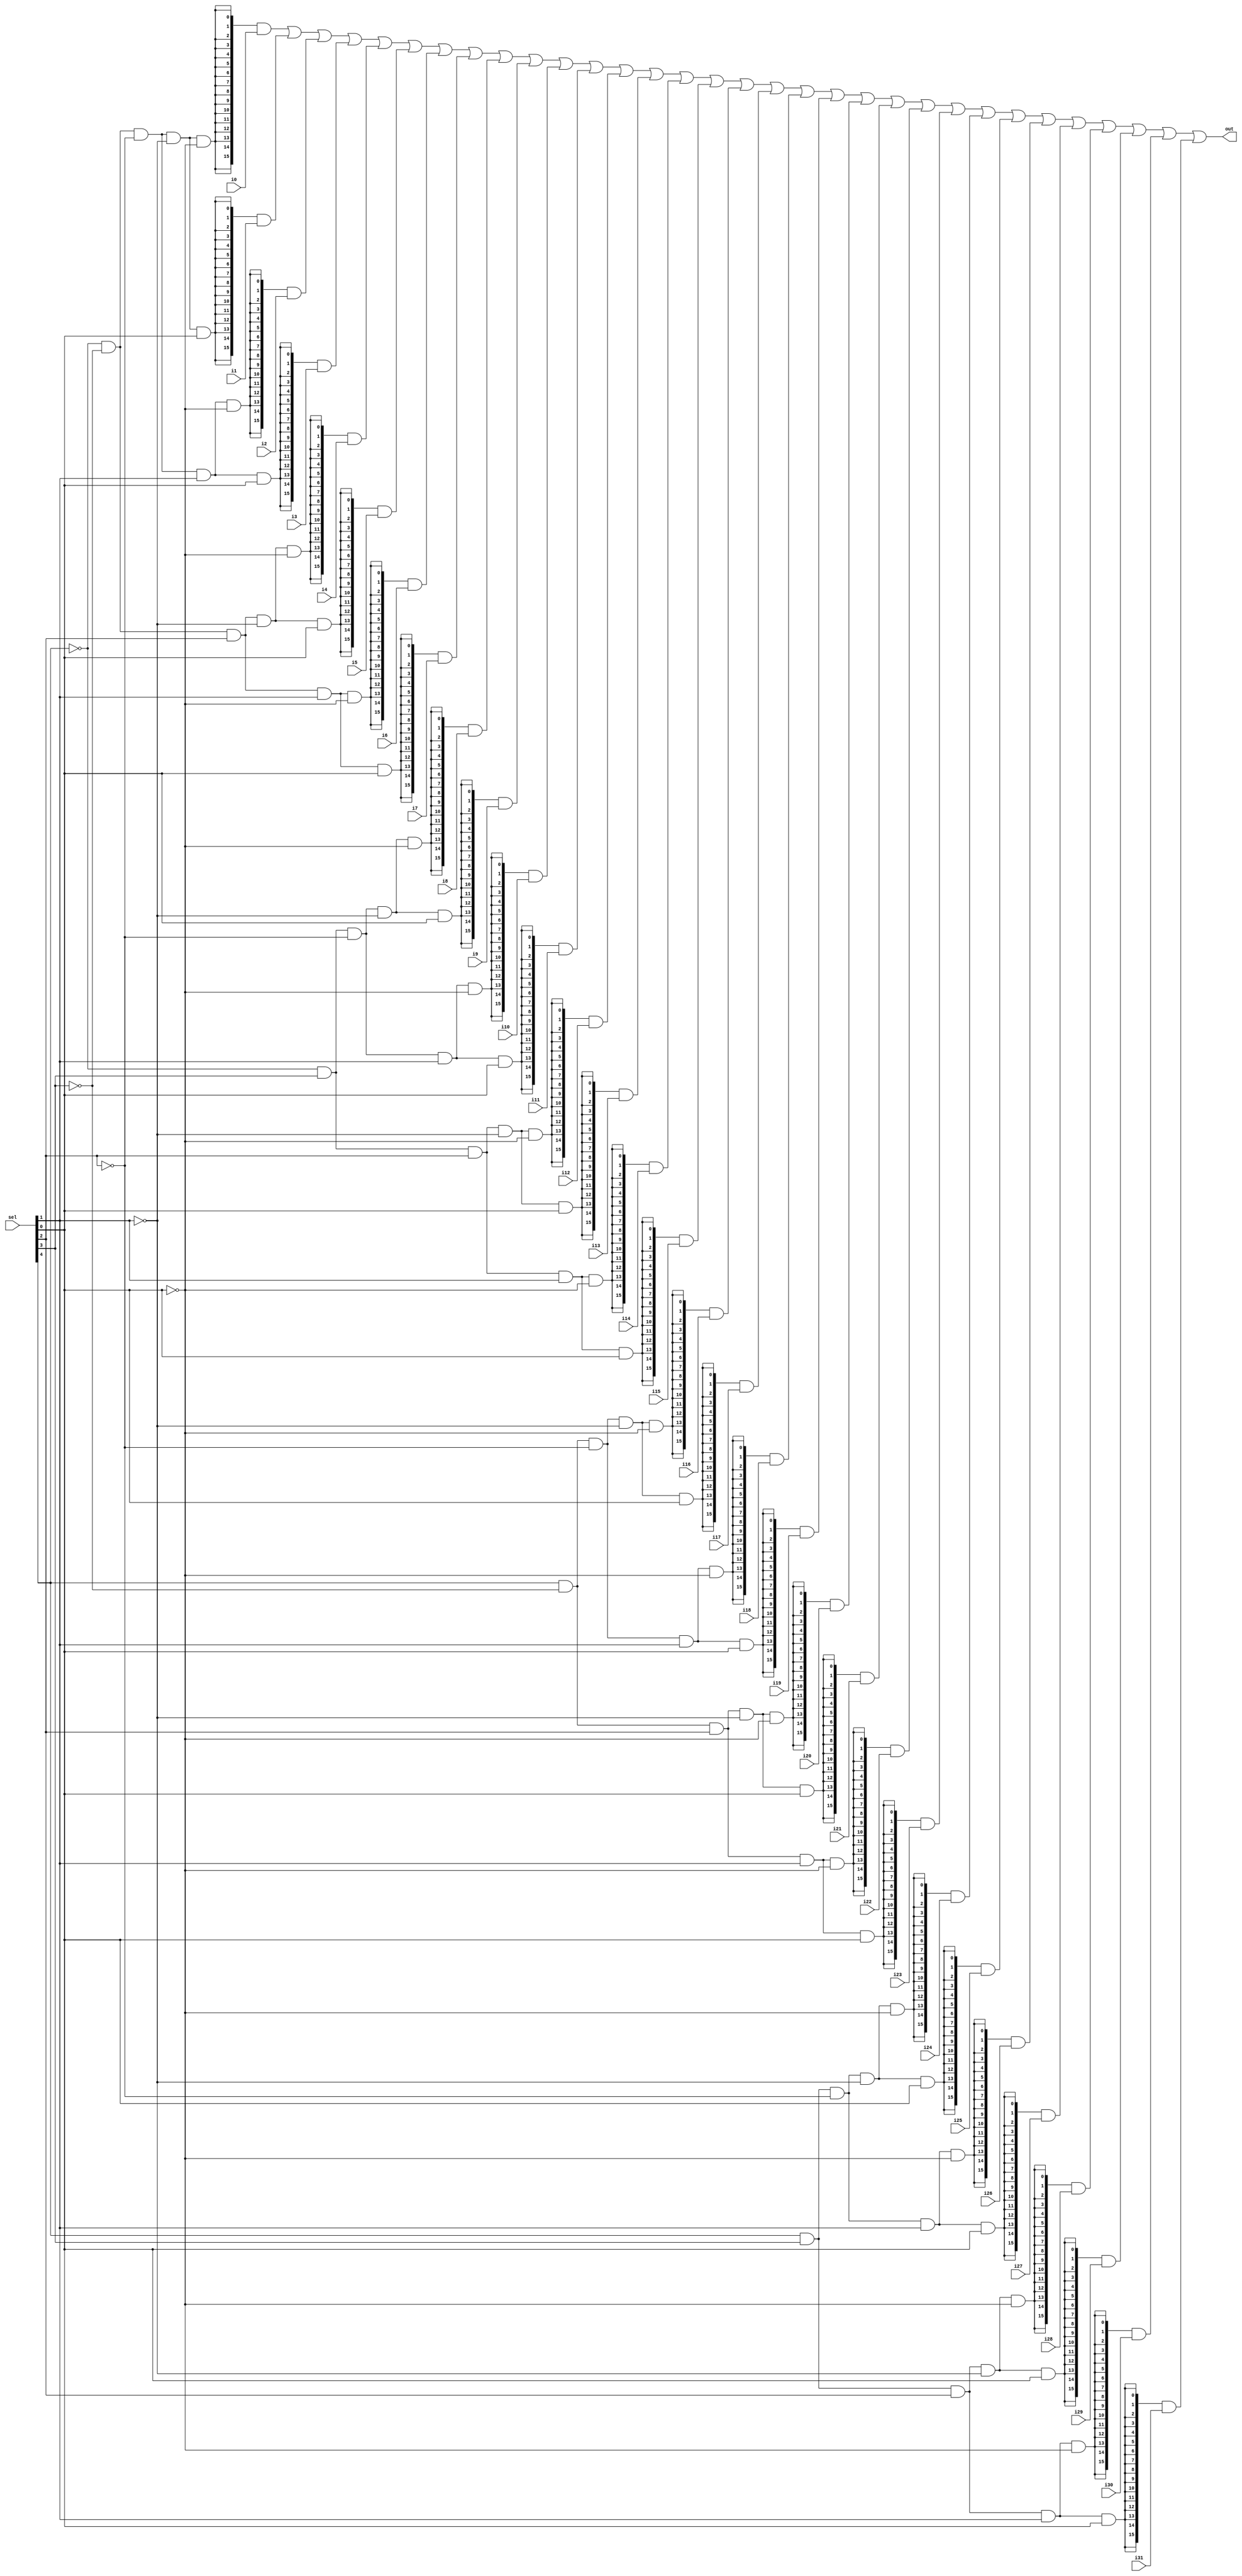
module mux_32x1(i0, i1, i2, i3, i4, i5, i6, i7, i8, i9, i10, i11, i12, i13, i14, i15, i16, i17, i18, i19, i20, i21, i22, i23, i24, i25, i26, i27, i28, i29, i30, i31, sel, out);

	input [15:0] i0, i1, i2, i3, i4, i5, i6, i7, i8, i9, i10, i11, i12, i13, i14, i15, i16, i17, i18, i19, i20, i21, i22, i23, i24, i25, i26, i27, i28, i29, i30, i31;
	input [4:0] sel;

	output [15:0] out;

	assign out={16{!sel[4]&!sel[3]&!sel[2]&!sel[1]&!sel[0]}}&i0 |
					{16{!sel[4]&!sel[3]&!sel[2]&!sel[1]&sel[0]}}&i1 |
					{16{!sel[4]&!sel[3]&!sel[2]&sel[1]&!sel[0]}}&i2 |  
					{16{!sel[4]&!sel[3]&!sel[2]&sel[1]&sel[0]}}&i3 |
					{16{!sel[4]&!sel[3]&sel[2]&!sel[1]&!sel[0]}}&i4 |
					{16{!sel[4]&!sel[3]&sel[2]&!sel[1]&sel[0]}}&i5 |
					{16{!sel[4]&!sel[3]&sel[2]&sel[1]&!sel[0]}}&i6 |
					{16{!sel[4]&!sel[3]&sel[2]&sel[1]&sel[0]}}&i7 |
					{16{!sel[4]&sel[3]&!sel[2]&!sel[1]&!sel[0]}}&i8 |
					{16{!sel[4]&sel[3]&!sel[2]&!sel[1]&sel[0]}}&i9 |
					{16{!sel[4]&sel[3]&!sel[2]&sel[1]&!sel[0]}}&i10 |
					{16{!sel[4]&sel[3]&!sel[2]&sel[1]&sel[0]}}&i11 |
					{16{!sel[4]&sel[3]&sel[2]&!sel[1]&!sel[0]}}&i12 |
					{16{!sel[4]&sel[3]&sel[2]&!sel[1]&sel[0]}}&i13 |
					{16{!sel[4]&sel[3]&sel[2]&sel[1]&!sel[0]}}&i14 |
					{16{!sel[4]&sel[3]&sel[2]&sel[1]&sel[0]}}&i15 |

					{16{sel[4]&!sel[3]&!sel[2]&!sel[1]&!sel[0]}}&i16 |
					{16{sel[4]&!sel[3]&!sel[2]&!sel[1]&sel[0]}}&i17 |
					{16{sel[4]&!sel[3]&!sel[2]&sel[1]&!sel[0]}}&i18 |  
					{16{sel[4]&!sel[3]&!sel[2]&sel[1]&sel[0]}}&i19 |
					{16{sel[4]&!sel[3]&sel[2]&!sel[1]&!sel[0]}}&i20 |
					{16{sel[4]&!sel[3]&sel[2]&!sel[1]&sel[0]}}&i21 |
					{16{sel[4]&!sel[3]&sel[2]&sel[1]&!sel[0]}}&i22 |
					{16{sel[4]&!sel[3]&sel[2]&sel[1]&sel[0]}}&i23 |
					{16{sel[4]&sel[3]&!sel[2]&!sel[1]&!sel[0]}}&i24 |
					{16{sel[4]&sel[3]&!sel[2]&!sel[1]&sel[0]}}&i25 |
					{16{sel[4]&sel[3]&!sel[2]&sel[1]&!sel[0]}}&i26 |
					{16{sel[4]&sel[3]&!sel[2]&sel[1]&sel[0]}}&i27 |
					{16{sel[4]&sel[3]&sel[2]&!sel[1]&!sel[0]}}&i28 |
					{16{sel[4]&sel[3]&sel[2]&!sel[1]&sel[0]}}&i29 |
					{16{sel[4]&sel[3]&sel[2]&sel[1]&!sel[0]}}&i30 |
					{16{sel[4]&sel[3]&sel[2]&sel[1]&sel[0]}}&i31;

			
endmodule